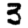
Digit: 3